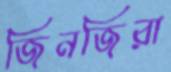
জিনজিরা